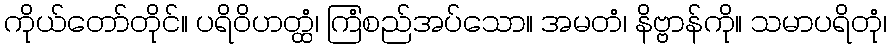
ကိုယ်တော်တိုင်။ ပရိဝိဟတ္ထံ၊ ကြံစည်အပ်သော။ အမတံ၊ နိဗ္ဗာန်ကို။ သမာပရိတုံ၊